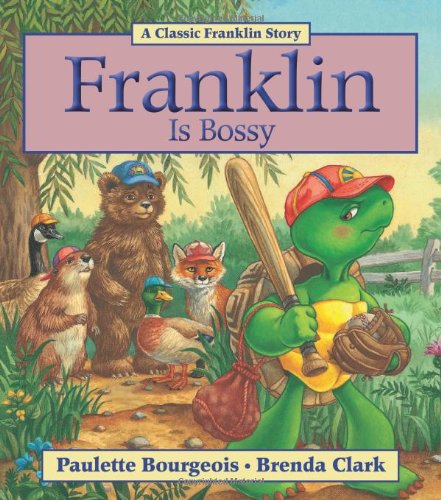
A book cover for Franklin Is Bossy; Paulette Bourgeois; Children's Books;